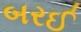
બરઈ